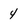
Character: 4